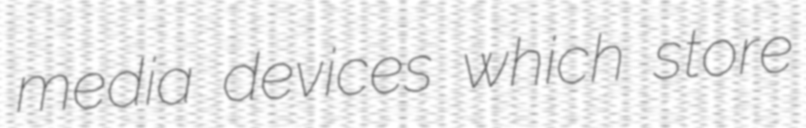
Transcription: media devices which store